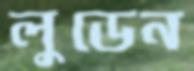
লুডেন